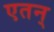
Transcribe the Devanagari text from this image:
एतन्‌